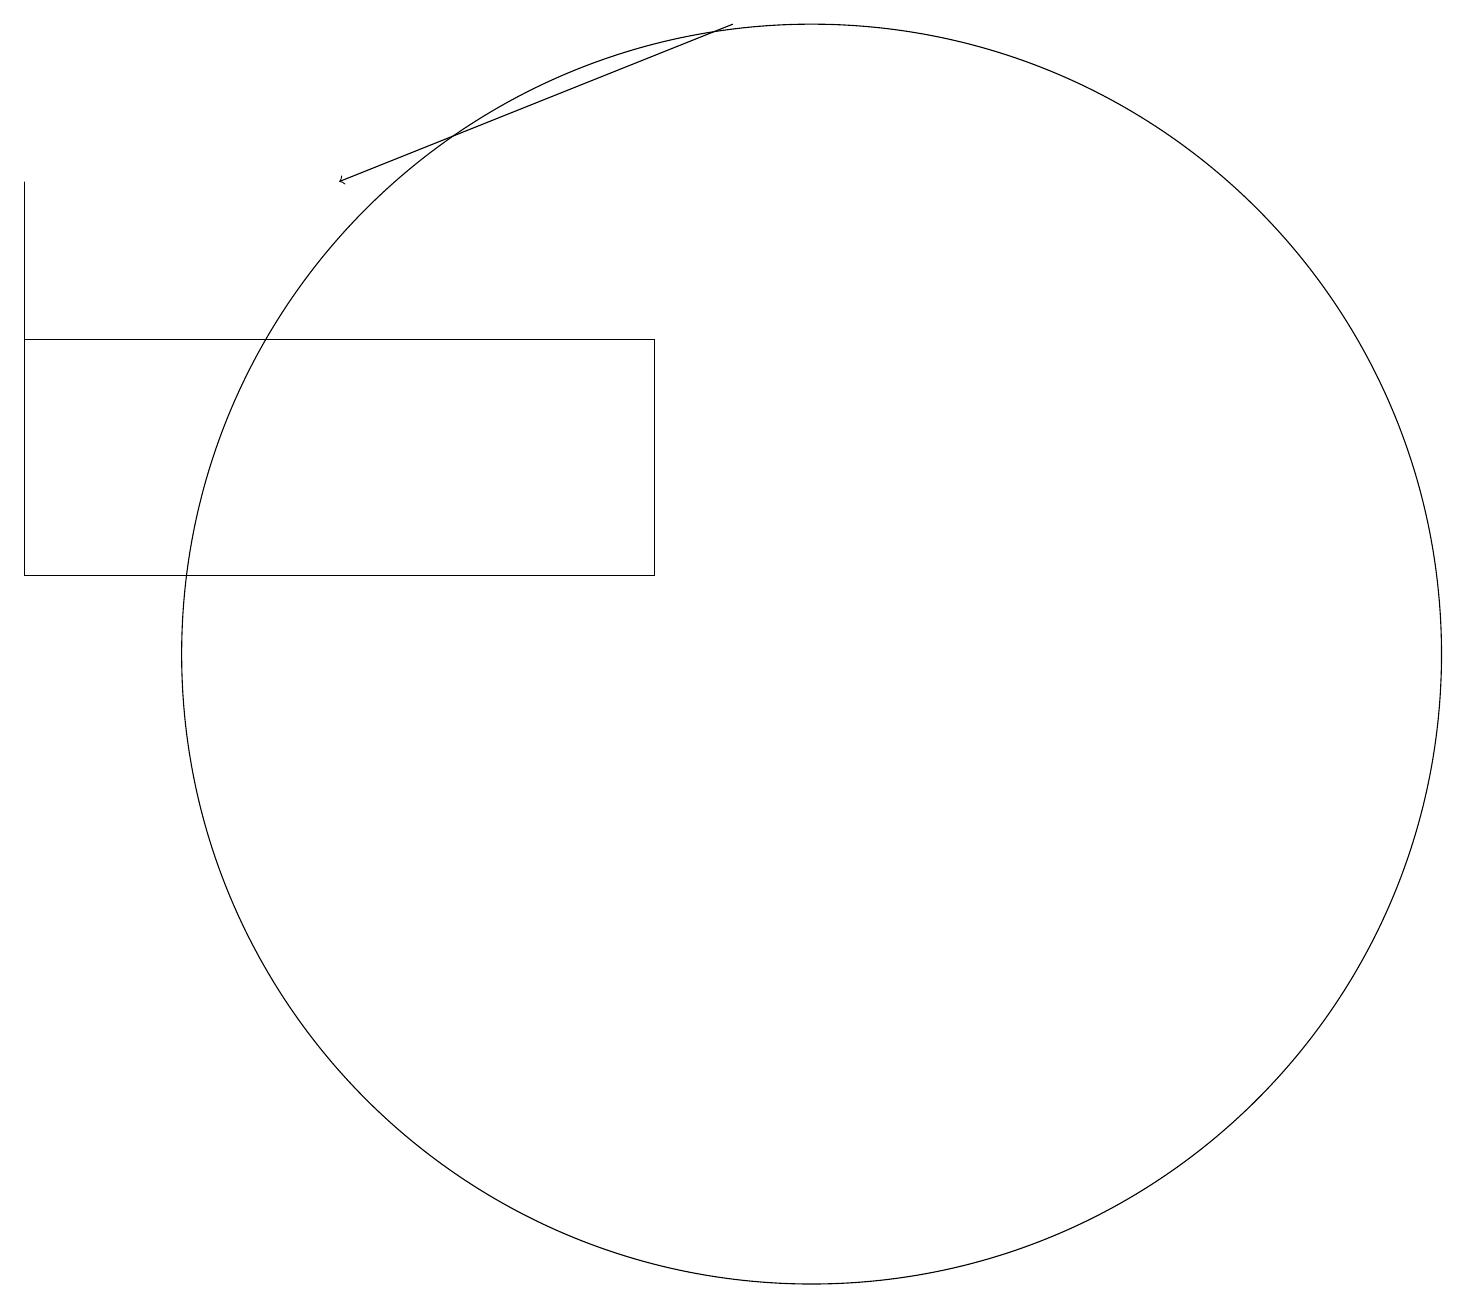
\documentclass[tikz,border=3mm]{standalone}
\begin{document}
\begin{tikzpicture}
\draw (0,16) rectangle (0,12);
\draw (0,14) rectangle (8,11);
\draw[->] (9,18) -- (4,16);
\draw (10,10) circle (8);
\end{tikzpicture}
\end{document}